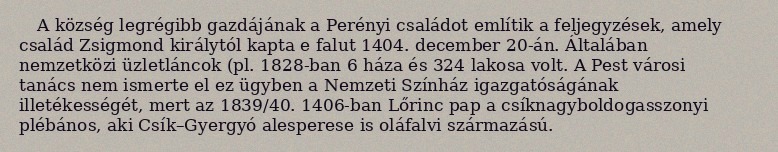
A község legrégibb gazdájának a Perényi családot említik a feljegyzések, amely család Zsigmond királytól kapta e falut 1404. december 20-án. Általában nemzetközi üzletláncok (pl. 1828-ban 6 háza és 324 lakosa volt. A Pest városi tanács nem ismerte el ez ügyben a Nemzeti Színház igazgatóságának illetékességét, mert az 1839/40. 1406-ban Lőrinc pap a csíknagyboldogasszonyi plébános, aki Csík–Gyergyó alesperese is oláfalvi származású.